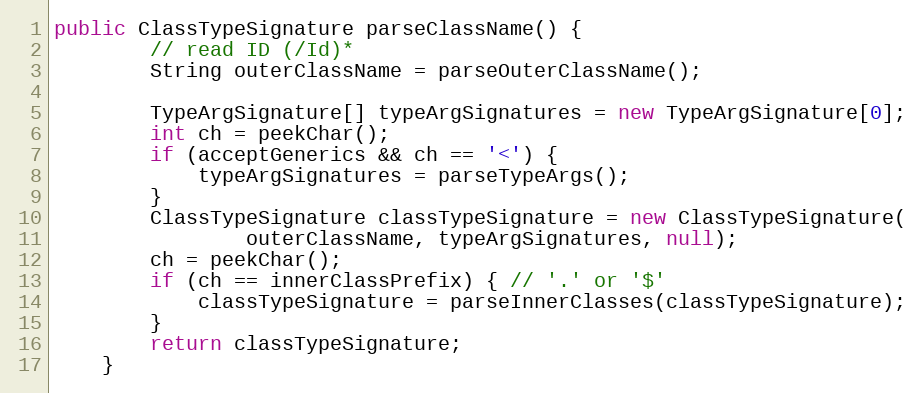
Language: Java
public ClassTypeSignature parseClassName() {
		// read ID (/Id)*
		String outerClassName = parseOuterClassName();

		TypeArgSignature[] typeArgSignatures = new TypeArgSignature[0];
		int ch = peekChar();
		if (acceptGenerics && ch == '<') {
			typeArgSignatures = parseTypeArgs();
		}
		ClassTypeSignature classTypeSignature = new ClassTypeSignature(
				outerClassName, typeArgSignatures, null);
		ch = peekChar();
		if (ch == innerClassPrefix) { // '.' or '$'
			classTypeSignature = parseInnerClasses(classTypeSignature);
		}
		return classTypeSignature;
	}